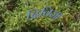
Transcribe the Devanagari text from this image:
दिविजा